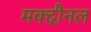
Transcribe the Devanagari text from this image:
मक्दौनल